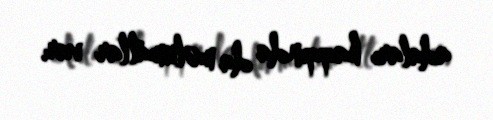
adaları haqqında da məlumatlar var.